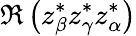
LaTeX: \Re\left(z_{\beta}^{*}z_{\gamma}^{*}z_{\alpha}^{*}\right)